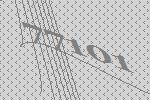
77101